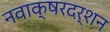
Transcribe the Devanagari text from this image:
नवाक्षरदर्शन